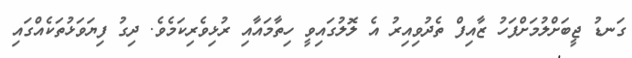
ގަނޑު ޖީބަށްލުމަށްފަހު ޒާއިފް ތެދުވިއިރު އެ ލޮލުގައިވީ ހިތާމައާއި ރުޅިވެރިކަމެވެ. ދިގު ފިޔަވަޅުތަކެއްގައި